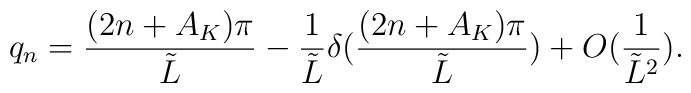
q_{n}=\frac{(2n+A_{K})\pi }{\tilde{L}}-\frac{1}{\tilde{L}}\delta (\frac{(2n+A_{K})\pi }{\tilde{L}})+O(\frac{1}{\tilde{L}^{2}}).